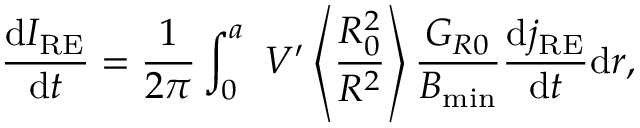
\frac { \mathrm { d } I _ { \mathrm { R E } } } { \mathrm { d } t } = \frac { 1 } { 2 \pi } \int _ { 0 } ^ { a } ~ V ^ { \prime } \left\langle \frac { R _ { 0 } ^ { 2 } } { R ^ { 2 } } \right\rangle \frac { G _ { R 0 } } { B _ { \mathrm { m i n } } } \frac { \mathrm { d } j _ { \mathrm { R E } } } { \mathrm { d } t } \mathrm { d } r ,